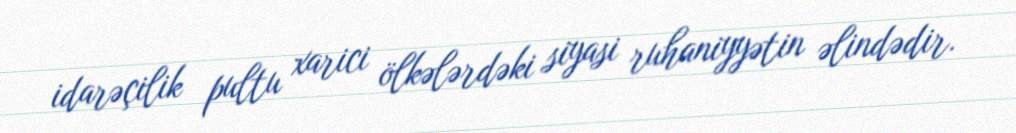
idarəçilik pultu xarici ölkələrdəki siyasi ruhaniyyətin əlindədir.